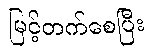
မြင့်တက်စေပြီး